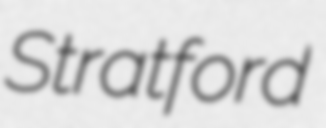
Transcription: Stratford